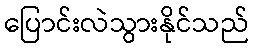
ပြောင်းလဲသွားနိုင်သည်